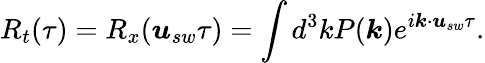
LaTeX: R_{t}(\tau)=R_{x}(\boldsymbol{u}_{sw}\tau)=\int d^{3}kP(\boldsymbol{k})e^{i\boldsymbol{k}\cdot\boldsymbol{u}_{sw}\tau}.